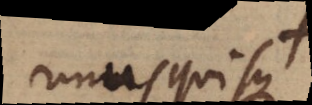
Unusquisque +